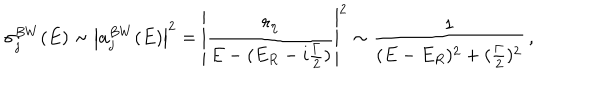
\sigma _ { j } ^ { B W } ( E ) \sim \left| a _ { j } ^ { B W } ( E ) \right| ^ { 2 } = \left| \frac { r _ { \eta } } { E - ( E _ { R } - i \frac { \Gamma } { 2 } ) } \right| ^ { 2 } \sim \frac { 1 } { ( E - E _ { R } ) ^ { 2 } + ( \frac { \Gamma } { 2 } ) ^ { 2 } } \, ,